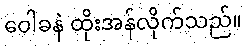
ဝေါခနဲ ထိုးအန်လိုက်သည်။